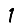
Digit: 1